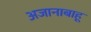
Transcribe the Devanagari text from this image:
अजानाबाहू